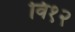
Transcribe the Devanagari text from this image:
वि१२